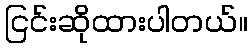
ငြင်းဆိုထားပါတယ်။